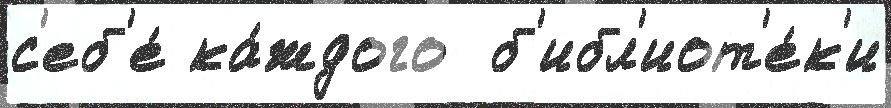
с'еб'е́ ка́ждого  б'ибл'иот'е́к'и